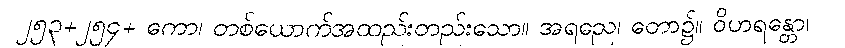
၂၅၃+၂၅၄+ ကော၊ တစ်ယောက်အထည်းတည်းသော။ အရညေ၊ တော၌။ ဝိဟရန္တော၊